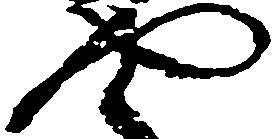
や